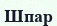
Шпар